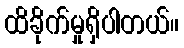
ထိခိုက်မှုရှိပါတယ်။